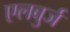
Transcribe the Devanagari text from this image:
एलबुर्ज